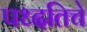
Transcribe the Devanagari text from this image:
पध्दतिचे